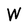
Character: W